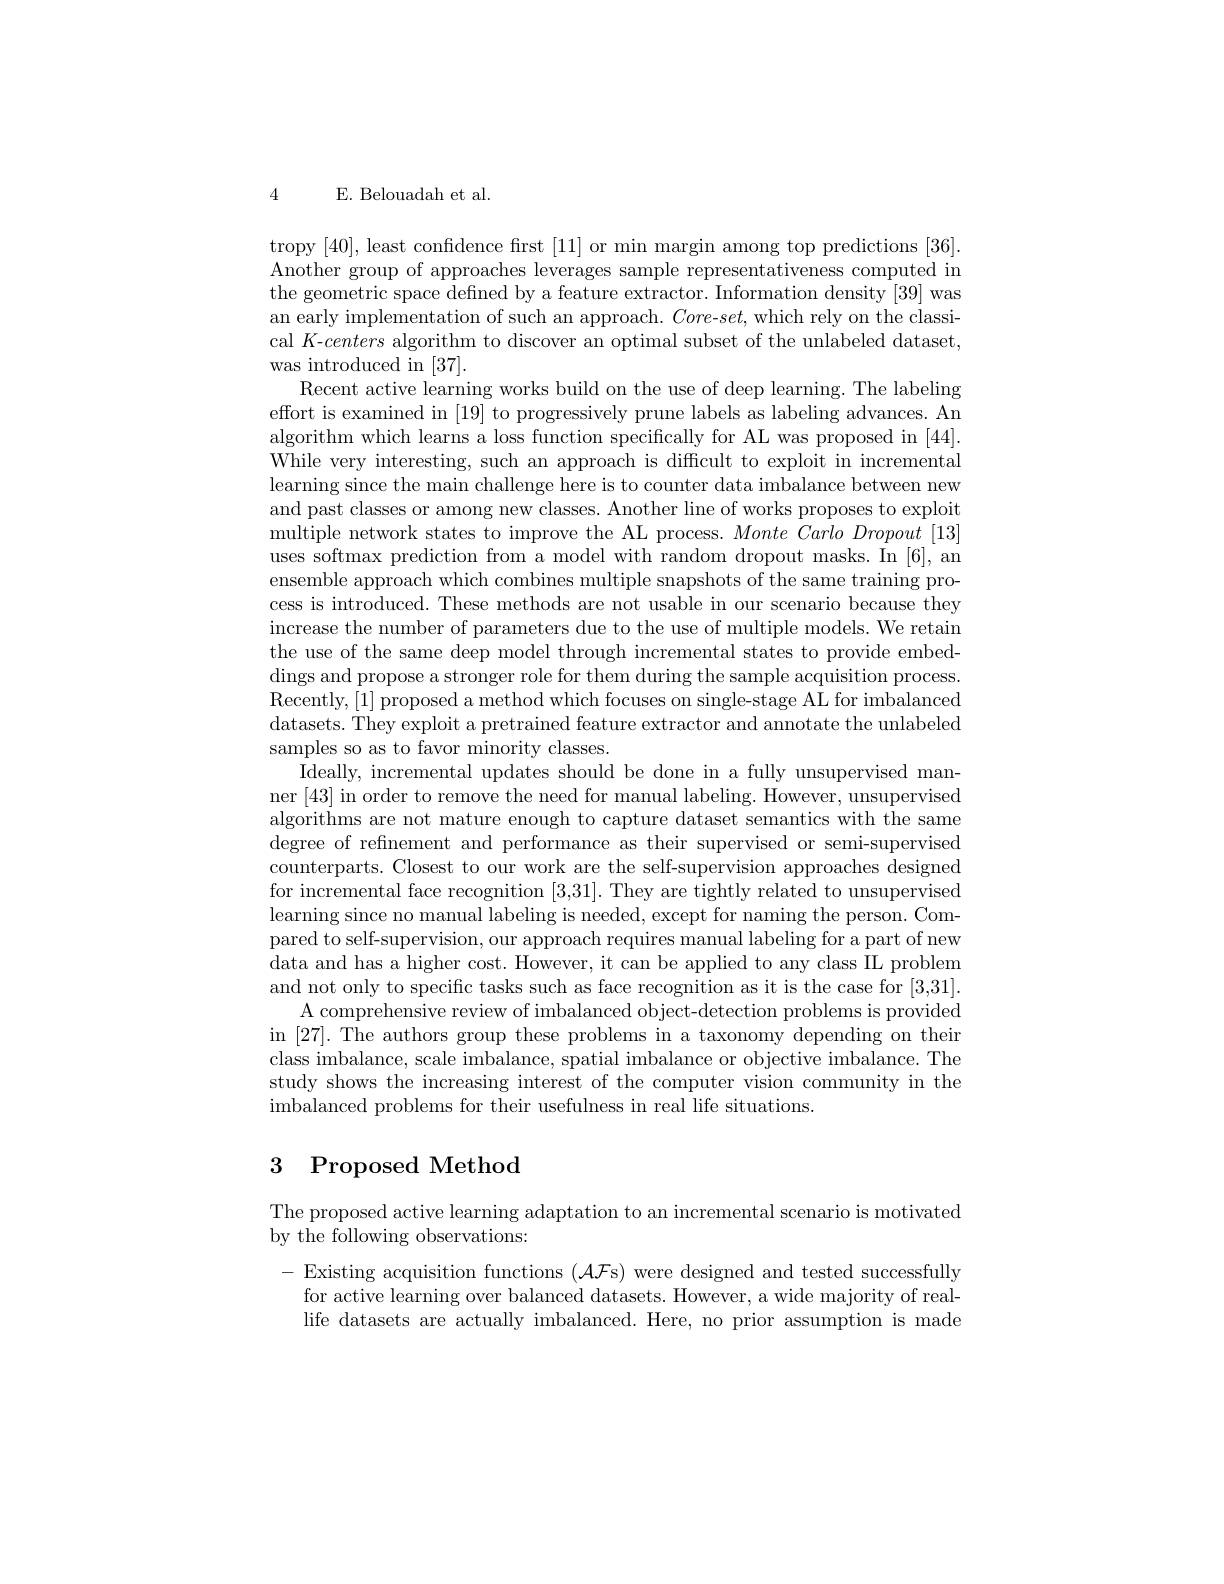
4 E. Belouadah et al.

tropy [40],least confidence first [11] or min margin among top predictions [36]. Another group of approaches leverages sample representativeness computed in the geometric space defined by a feature extractor. Information density [39] was an early implementation of such an approach. Core-$set$, which rely on the classical $K$-centers algorithm to discover an optimal subset of the unlabeled dataset, was introduced in [37].
Recent active learning works build on the use of deep learning. The labeling effort is examined in [19] to progressively prune labels as labeling advances. An algorithm which learns a loss function specifically for AL was proposed in [44]. While very interesting, such an approach is difficult to exploit in incremental learning since the main challenge here is to counter data imbalance between new and past classes or among new classes. Another line of works proposes to exploit multiple network states to improve the AL process. $Monte\textit{Carlo Dropout [ 13] }$ uses softmax prediction from a model with random dropout masks. In [6], an ensemble approach which combines multiple snapshots of the same training process is introduced. These methods are not usable in our scenario because they increase the number of parameters due to the use of multiple models. We retain the use of the same deep model through incremental states to provide embeddings and propose a stronger role for them during the sample acquisition process. Recently,[1] proposed a method which focuses on single-stage AL for imbalanced datasets. They exploit a pretrained feature extractor and annotate the unlabeled samples so as to favor minority classes.
Ideally, incremental updates should be done in a fully unsupervised manner [43] in order to remove the need for manual labeling. However, unsupervised algorithms are not mature enough to capture dataset semantics with the same degree of refinement and performance as their supervised or semi-supervised counterparts. Closest to our work are the self-supervision approaches designed for incremental face recognition [3,31]. They are tightly related to unsupervised learning since no manual labeling is needed, except for naming the person. Compared to self-supervision, our approach requires manual labeling for a part of new data and has a higher cost. However, it can be applied to any class IIL problem and not only to specific tasks such as face recognition as it is the case for [3,31].
A comprehensive review of imbalanced object-detection problems is provided in [27]. The authors group these problems in a taxonomy depending on their class imbalance, scale imbalance, spatial imbalance or objective imbalance. The study shows the increasing interest of the computer vision community in the imbalanced problems for their usefulness in real life situations.

# 3 Proposed Method

The proposed active learning adaptation to an incremental scenario is motivated
by the following observations:

- Existing acquisition functions $(\mathcal{A}\mathcal{F}$s) were designed and tested successfully for active learning over balanced datasets. However, a wide majority of reallife datasets are actually imbalanced. Here, no prior assumption is made